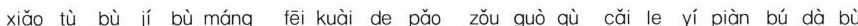
xiǎo tù bù jí bù máng fēi kuài de pǎo zǒu guò qù cǎi le yí piàn bú dà bù